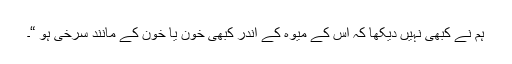
ہم نے کبھی نہیں دیکھا کہ اس کے میوہ کے اندر کبھی خون یا خون کے مانند سرخی ہو “۔